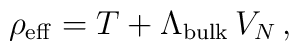
\rho_{\rm eff} =  T + \Lambda_{\rm bulk}\, V_N  \, ,